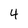
Character: 4